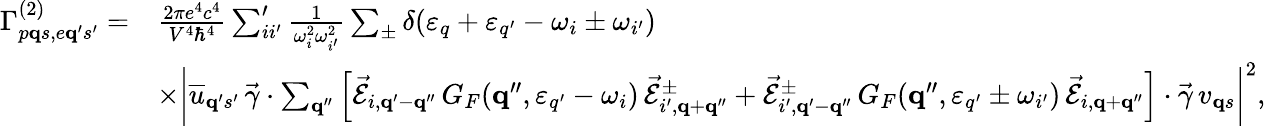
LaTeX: \begin{array}{rl}{\Gamma_{p{\mathbf q}s,e{\mathbf q}^{\prime}s^{\prime}}^{(2)}=}&{\frac{2\pi e^{4}c^{4}}{V^{4}\hbar^{4}}\sum_{ii^{\prime}}^{\prime}\frac{1}{\omega_{i}^{2}\omega_{i^{\prime}}^{2}}\sum_{\pm}\delta(\varepsilon_{q}+\varepsilon_{q^{\prime}}-\omega_{i}\pm\omega_{i^{\prime}})}\\ &{\times\bigg|\overline{{u}}_{{\mathbf q}^{\prime}s^{\prime}}\, \vec{\gamma}\cdot\sum_{{\mathbf q}^{\prime\prime}}\Big[\vec{\mathcal{E}}_{i,{\mathbf q}^{\prime}-{\mathbf q}^{\prime\prime}}\, G_{F}({\mathbf q}^{\prime\prime},\varepsilon_{q^{\prime}}-\omega_{i})\, \vec{\mathcal{E}}_{i^{\prime},{\mathbf q}+{\mathbf q}^{\prime\prime}}^{\pm}+\vec{\mathcal{E}}_{i^{\prime},{\mathbf q}^{\prime}-{\mathbf q}^{\prime\prime}}^{\pm}\, G_{F}({\mathbf q}^{\prime\prime},\varepsilon_{q^{\prime}}\pm\omega_{i^{\prime}})\, \vec{\mathcal{E}}_{i,{\mathbf q}+{\mathbf q}^{\prime\prime}}\Big]\cdot\vec{\gamma}\, v_{{\mathbf q}s}\bigg|^{2},}\end{array}